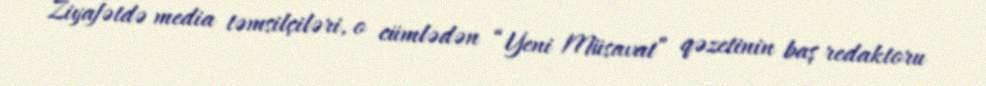
Ziyafətdə media təmsilçiləri, o cümlədən “Yeni Müsavat” qəzetinin baş redaktoru